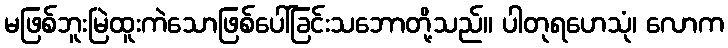
မဖြစ်ဘူးမြဲထူးကဲသောဖြစ်ပေါ်ခြင်းသဘောတို့သည်။ ပါတုရဟေသုံ၊ လောက